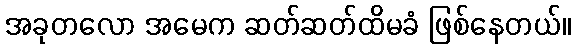
အခုတလော အမေက ဆတ်ဆတ်ထိမခံ ဖြစ်နေတယ်။